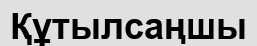
Құтылсаңшы